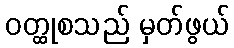
ဝတ္ထုစသည် မှတ်ဖွယ်